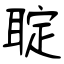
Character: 聢